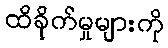
ထိခိုက်မှုများကို